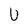
Character: u